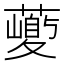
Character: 𱾱